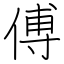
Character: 傅